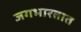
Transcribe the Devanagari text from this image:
जगभारतात